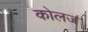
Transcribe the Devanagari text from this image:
कोलज